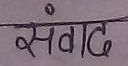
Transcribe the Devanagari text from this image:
संवाद